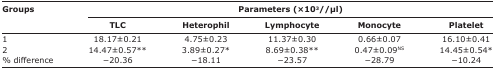
| <ROWSPAN=3> Groups | <COLSPAN=5> Parameters (×103//μl) |
 | TLC | Heterophil | Lymphocyte | Monocyte | Platelet |
 | --- | --- | --- | --- | --- | --- |
 | 1 | 18.17±0.21 | 4.75±0.23 | 11.37±0.30 | 0.66±0.07 | 16.10±0.41 |
 | 2 | 14.47±0.57** | 3.89±0.27* | 8.69±0.38** | 0.47±0.09NS | 14.45±0.54* |
 | % difference | −20.36 | −18.11 | −23.57 | −28.79 | −10.24 |